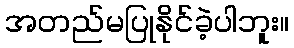
အတည်မပြုနိုင်ခဲ့ပါဘူး။